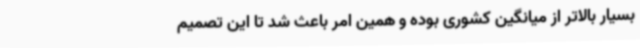
بسیار بالاتر از میانگین کشوری بوده و همین امر باعث شد تا این تصمیم